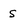
Character: S